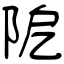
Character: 阸